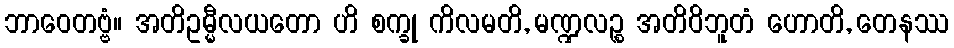
ဘာဝေတဗ္ဗံ။ အတိဥမ္မီလယတော ဟိ စက္ခု ကိလမတိ, မဏ္ဍလဉ္စ အတိဝိဘူတံ ဟောတိ, တေနဿ